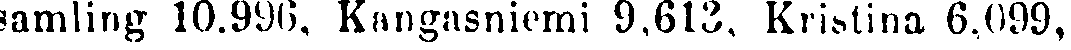
samling 10.996, Kangasniemi 9,613, Kristina 6.099,